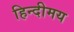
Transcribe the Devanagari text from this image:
हिन्दीमय